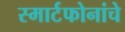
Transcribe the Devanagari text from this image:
स्मार्टफोनांचे